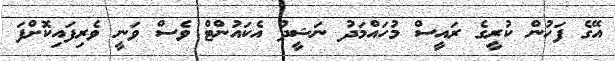
އޭގެ ފަހުން ކުރީގެ ރައީސް މުހައްމަދު ނަޝީދު އެކައުންޓް ވެސް ވަނީ ވެރިފައިކޮށްފަ